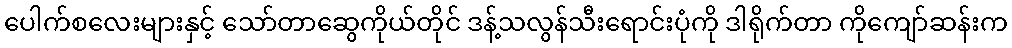
ပေါက်စလေးများနှင့် သော်တာဆွေကိုယ်တိုင် ဒန့်သလွန်သီးရောင်းပုံကို ဒါရိုက်တာ ကိုကျော်ဆန်းက